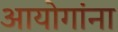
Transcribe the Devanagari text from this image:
आयोगांना